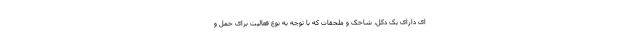
ای دارای یک دکل، شاخک و ملحقات که با توجه به نوع فعالیت برای حمل و